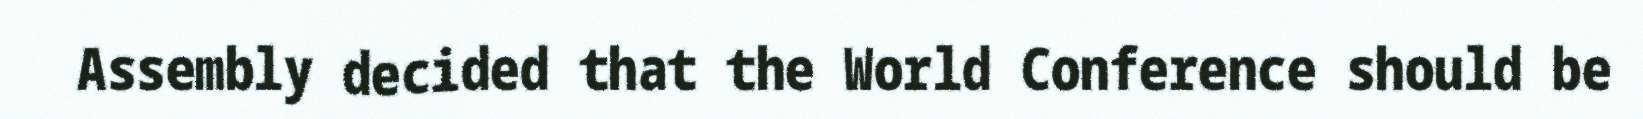
Assembly decided that the World Conference should be